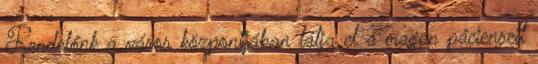
Rendelőnk a város központjában látja el a magán pácienseit